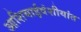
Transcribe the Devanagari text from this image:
आशियाईवंशीयांत